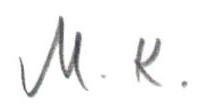
M. K.